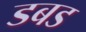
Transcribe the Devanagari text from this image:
डबड